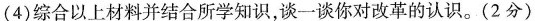
( 4 )综合以上材料并结合所学知识，谈一谈你对改革的认识。( 2 分 )